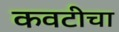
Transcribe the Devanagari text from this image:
कवटीचा